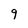
Character: 9